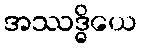
အဿဒ္ဓိယေ